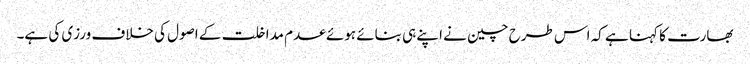
بھارت کا کہنا ہے کہ اس طرح چین نے اپنے ہی بنائے ہوئے عدم مداخلت کے اصول کی خلاف ورزی کی ہے۔